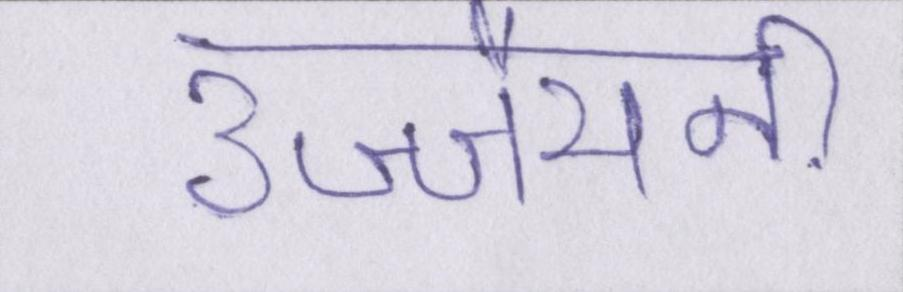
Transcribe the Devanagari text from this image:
उज्जैयनी